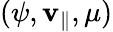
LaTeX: (\psi,\mathbf{v}_{\parallel},\mu)